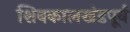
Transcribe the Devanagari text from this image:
शिवकालखंडपूर्व